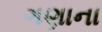
ગણાના